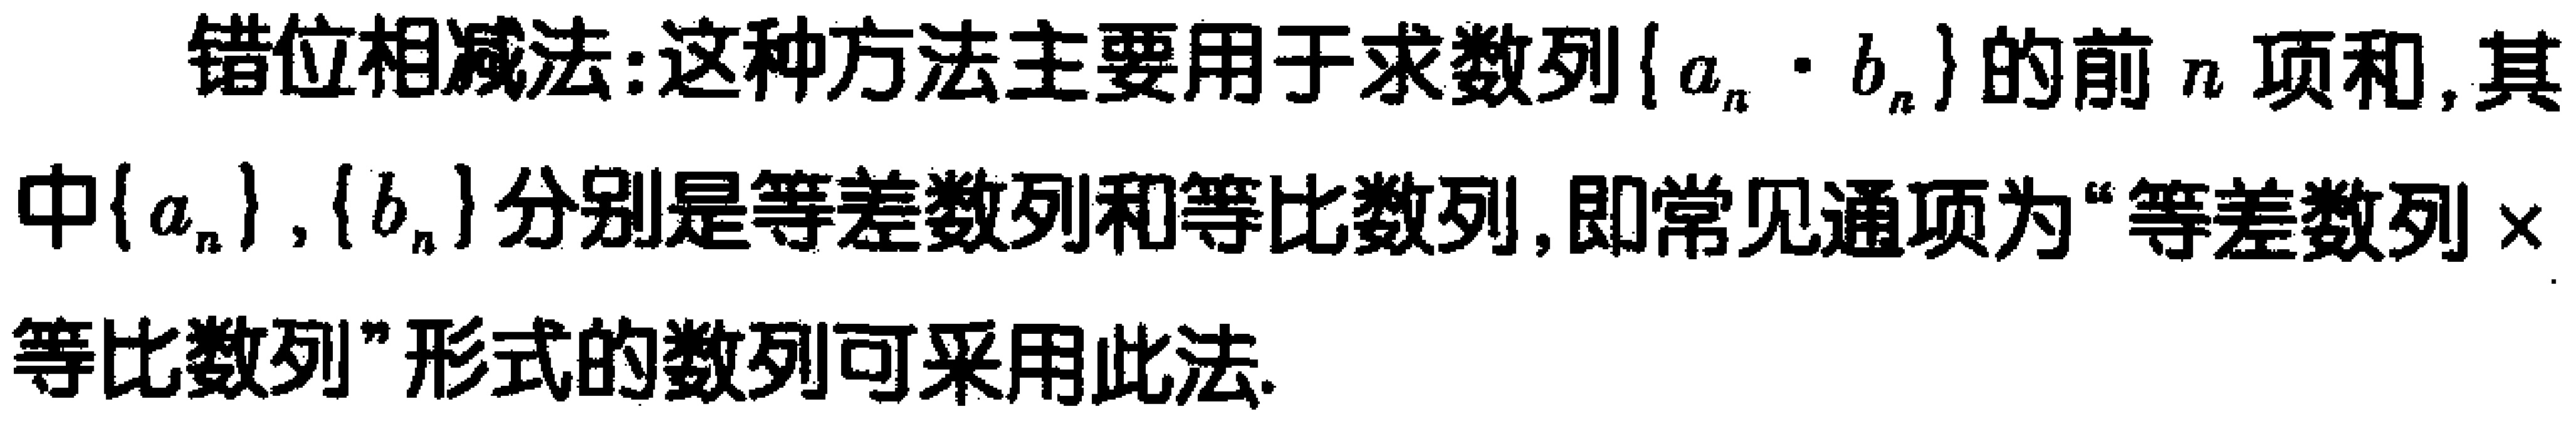
错位相减法:这种方法主要用于求数列\(\{a_{n}\cdot b_{n}\}\)的前\(n\)项和,其中\(\{a_{n}\}\),\(\{b_{n}\}\)分别是等差数列和等比数列,即常见通项为“等差数列\(\times\)等比数列”形式的数列可采用此法.